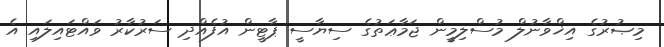
މިޞުރުގެ އިޚްވާނުލް މުސްލިމީން ޖަމާޢަތުގެ ސިޔާސީ ޕާޓީން އުފެއްދި ސަރުކާރު ވައްޓައިލައި އެ